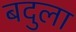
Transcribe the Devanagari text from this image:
बदुला